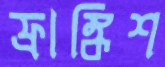
ফ্রাঙ্কিশ